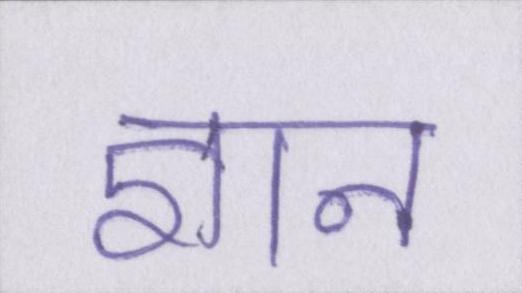
ज्ञान